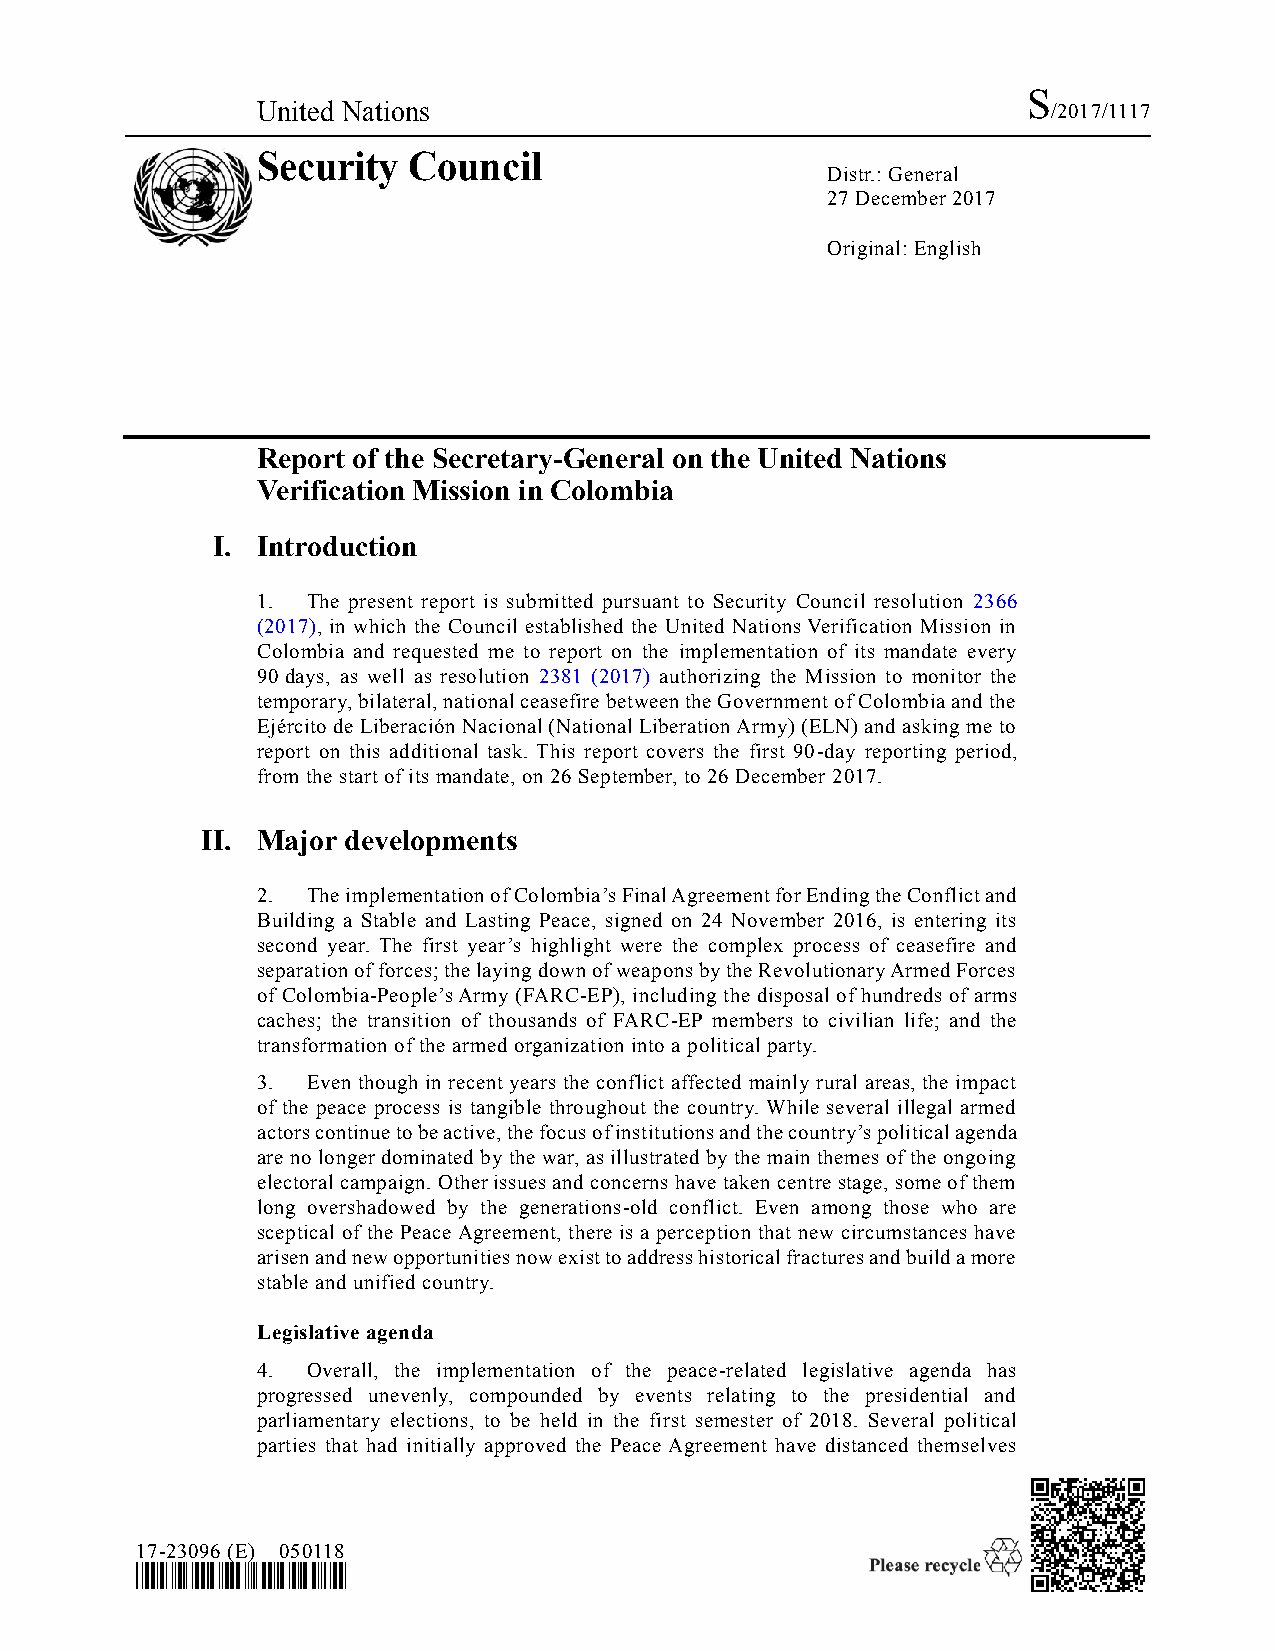
S
 United Nations                                       /2017/1117
 Security  Council
 Distr.: General
 27 December 2017
 Original: English
 Report of the Secretary-General on the United Nations
 Verification Mission in Colombia
 I. Introduction
 1. The present report is submitted pursuant to Security Council resolution 2366
 (2017), in which the Council established the United Nations Verification Mission in
 Colombia and requested me to report on the implementation of its mandate every
 90 days, as well as resolution 2381 (2017) authorizing the Mission to monitor the
 temporary, bilateral, national ceasefire between the Government of Colombia and the
 Ejército de Liberación Nacional (National Liberation Army) (ELN) and asking me to
 report on this additional task. This report covers the first 90-day reporting period,
 from the start of its mandate, on 26 September, to 26 December 2017.
 II. Major developments
 2. The implementation of Colombia’s Final Agreement for Ending the Conflict and
 Building a Stable and Lasting Peace, signed on 24 November 2016, is entering its
 second year. The first year’s highlight were the complex process of ceasefire and
 separation of forces; the laying down of weapons by the Revolutionary Armed Forces
 of Colombia-People’s Army (FARC-EP), including the disposal of hundreds of arms
 caches; the transition of thousands of FARC-EP members to civilian life; and the
 transformation of the armed organization into a political party.
 3. Even though in recent years the conflict affected mainly rural areas, the impact
 of the peace process is tangible throughout the country. While several illegal armed
 actors continue to be active, the focus of institutions and the country’s political agenda
 are no longer dominated by the war, as illustrated by the main themes of the ongoing
 electoral campaign. Other issues and concerns have taken centre stage, some of them
 long overshadowed by the generations-old conflict. Even among those who are
 sceptical of the Peace Agreement, there is a perception that new circumstances have
 arisen and new opportunities now exist to address historical fractures and build a more
 stable and unified country.
 Legislative agenda
 4. Overall, the implementation of the peace-related legislative agenda has
 progressed unevenly, compounded by events relating to the presidential and
 parliamentary elections, to be held in the first semester of 2018. Several political
 parties that had initially approved the Peace Agreement have distanced themselves
 17-23096 (E) 050118
 *1723096*